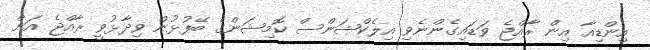
އިންޑިއާ އިން ރާއްޖެ ވަޑައިގެންނެވި އިލެކްޝަންސް ކޮމިޝަންގެ ބޭފުޅުން ވިދާޅުވީ ރާއްޖެ އަށް